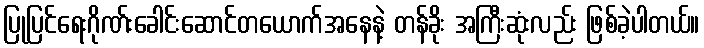
ပြုပြင်ရေးဂိုဏ်းခေါင်းဆောင်တယောက်အနေနဲ့ တန်ခိုး အကြီးဆုံးလည်း ဖြစ်ခဲ့ပါတယ်။